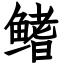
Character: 鳍